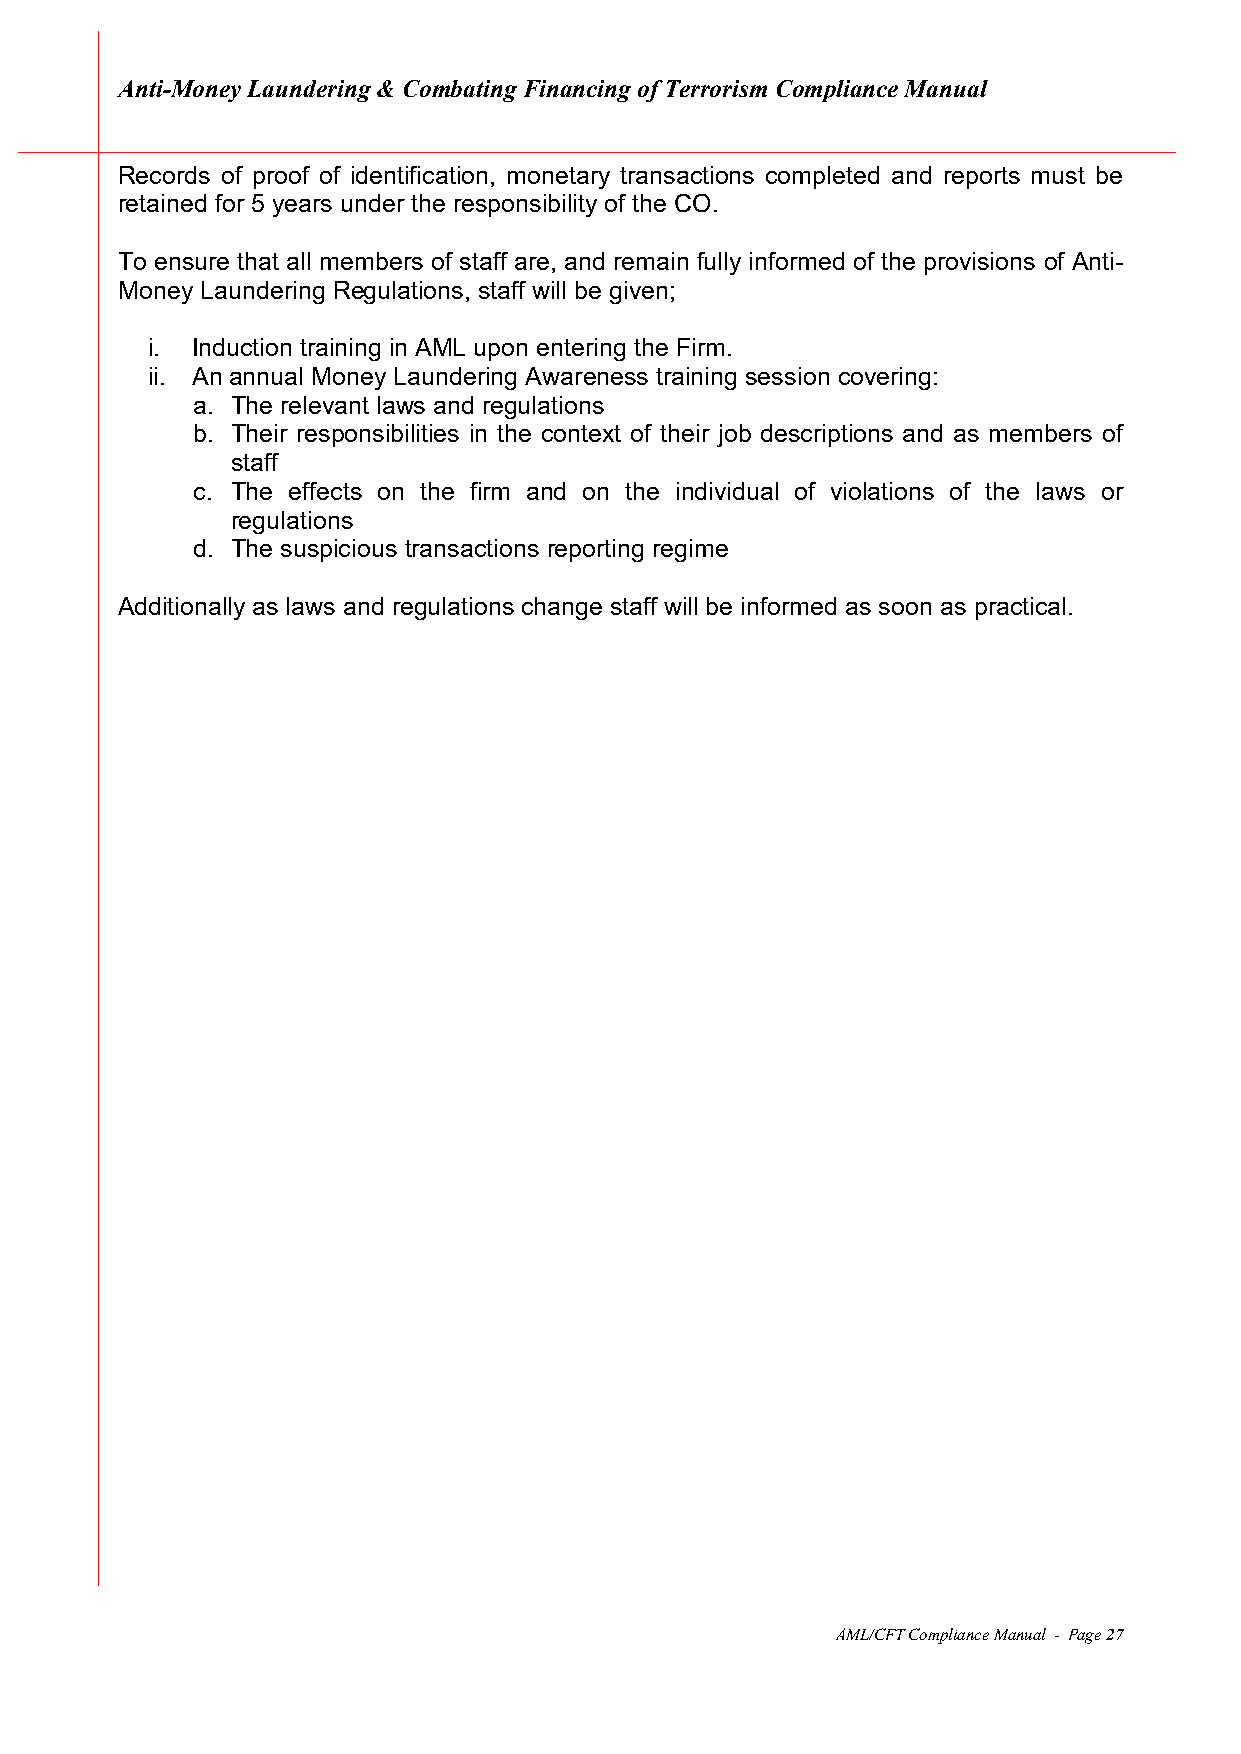
Anti-Money Laundering & Combating Financing of Terrorism Compliance Manual
 Records of proof of identification, monetary transactions completed and reports must be
 retained for 5 years under the responsibility of the CO.
 To ensure that all members of staff are, and remain fully informed of the provisions of Anti-
 Money Laundering Regulations, staff will be given;
 i. Induction training in AML upon entering the Firm.
 ii. An annual Money Laundering Awareness training session covering:
 a. The relevant laws and regulations
 b. Their responsibilities in the context of their job descriptions and as members of
 staff
 c. The effects on the firm and on the individual of violations of the laws or
 regulations
 d. The suspicious transactions reporting regime
 Additionally as laws and regulations change staff will be informed as soon as practical.
 AML/CFT Compliance Manual - Page 27